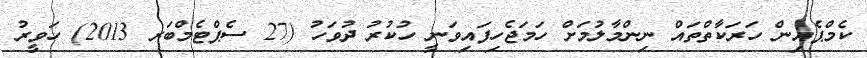
ކެމްޕެއިން ހަރަކާތްތައް ނިންމާލުމަށް ހަމަޖެހިފައިވަނީ ހުކުރު ދުވަހު (27 ސެޕްޓެމްބަރ 2013) ހަވީރު